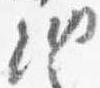
納